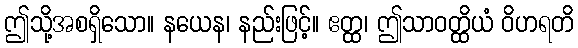
ဤသို့အစရှိသော။ နယေန၊ နည်းဖြင့်။ ဧတ္ထ၊ ဤသာဝတ္ထိယံ ဝိဟရတိ